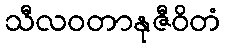
သီလဝတာနုဇီဝိတံ